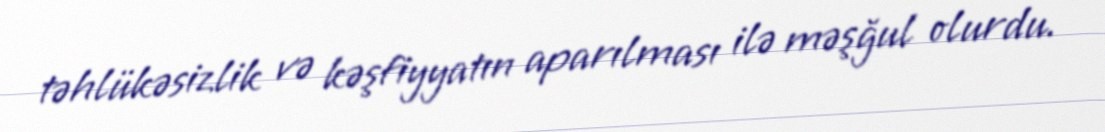
təhlükəsizlik və kəşfiyyatın aparılması ilə məşğul olurdu.